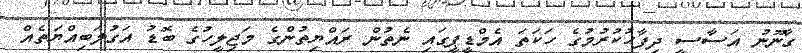
ގާނޫނު އަސާސީ ދިފާހުކުރުމުގެ ހަކަތަ އެމްޑީޕީގައި ނެތުން ރައްޔިތުންގެ މަޖިލީހުގެ ބޮޑު އަގުލަބިއްޔަތެއް